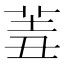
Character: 𦍮